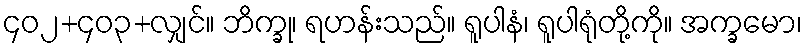
၄၀၂+၄၀၃+လျှင်။ ဘိက္ခု၊ ရဟန်းသည်။ ရူပါနံ၊ ရူပါရုံတို့ကို။ အက္ခမော၊